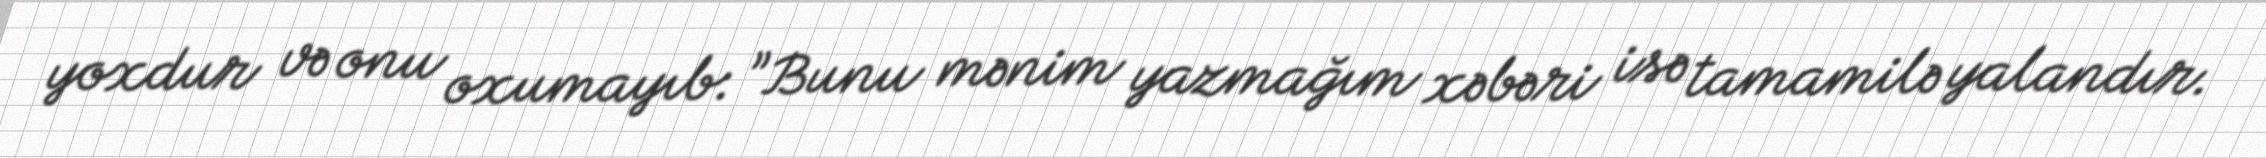
yoxdur və onu oxumayıb: ”Bunu mənim yazmağım xəbəri isə tamamilə yalandır.